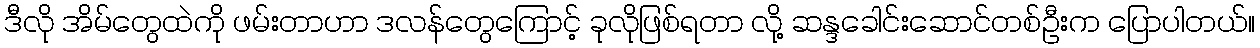
ဒီလို အိမ်တွေထဲကို ဖမ်းတာဟာ ဒလန်တွေကြောင့် ခုလိုဖြစ်ရတာ လို့ ဆန္ဒခေါင်းဆောင်တစ်ဦးက ပြောပါတယ်။